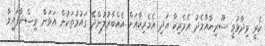
ކެރީ ވިދާޅުވީ ސޫރިޔާއާމެދު އެމެރިކާ އަދި އެމެރިކާއަށް އެއްބާރުލުންދޭ ގައުމުތަކުން އަޅަން ވިސްނާފައިވާ